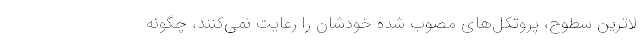
لاترین سطوح، پروتکل‌های مصوب شده خودشان را رعایت نمی‌کنند، چگونه